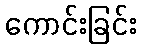
ကောင်းခြင်း